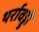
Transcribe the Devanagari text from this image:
थर्रावड्डी